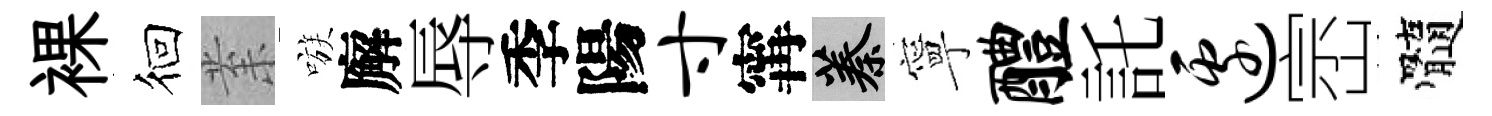
裸徊𭪙嗾廨辱季陽寸𡩋蓁寧醴託边崈髓